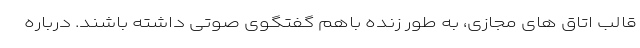
قالب اتاق های مجازی، به طور زنده باهم گفتگوی صوتی داشته باشند. درباره